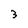
Character: 3